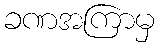
ခဏအကြာမှ